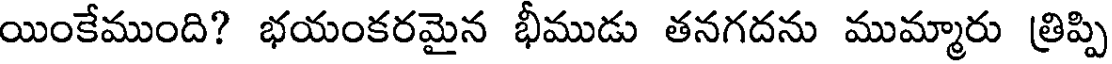
యింకేముంది? భయంకరమైన భీముడు తనగదను ముమ్మారు త్రిప్పి